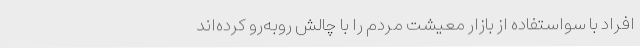
افراد با سو‌استفاده از بازار معیشت مردم را با چالش روبه‌رو کرده‌اند